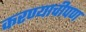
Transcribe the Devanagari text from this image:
करण्याचीपण